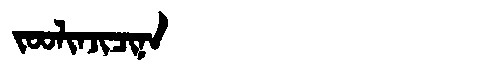
Manchu: ᠵᠣᠣᠯᡳᠨᠵᡳᠴᡳᠨᠠ
Romanization: JOOLINJICINA